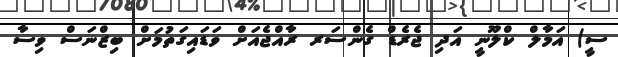
ސީ) އަމާލް ކްލޫނީ އަދި ޖެރެޑް ގެންސަރ ރާއްޖެއަށް ވަޑައިގަތުމަށް ބިޒްނަސް ވިސާ